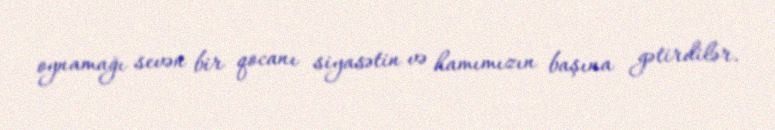
oynamağı sevən bir qocanı siyasətin və hamımızın başına gətirdilər.